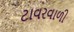
ટાવરવાળી